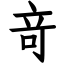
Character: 竒